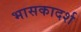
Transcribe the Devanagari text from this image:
भासकादर्श